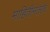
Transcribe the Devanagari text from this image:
माहितीनंतरच